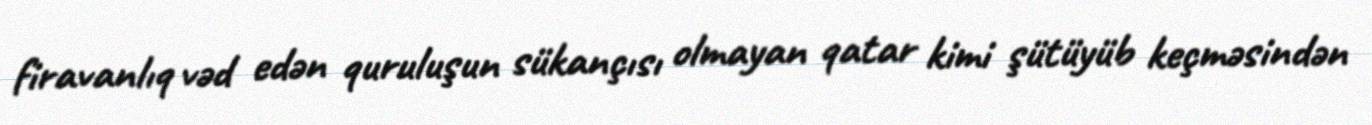
firavanlıq vəd edən quruluşun sükançısı olmayan qatar kimi şütüyüb keçməsindən